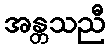
အန္တသညီ